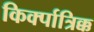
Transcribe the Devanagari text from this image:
किर्क्पात्रिक्क